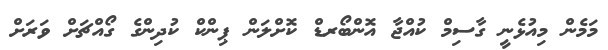
މަމެން މިއުޅެނީ ގާސިމް ކުއްޖާ އޮންބޯރޑް ކޮށްލަން ޕިންކް ކުދިންގެ ގޯއްޗަށް ވަރަށް